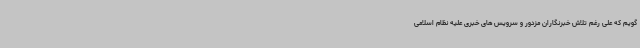
گویم که علی رغم تلاش خبرنگاران مزدور و سرویس های خبری علیه نظام اسلامی